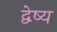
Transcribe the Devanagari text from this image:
द्वेष्य